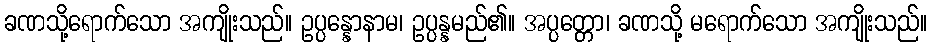
ခဏသို့ရောက်သော အကျိုးသည်။ ဥပ္ပန္နောနာမ၊ ဥပ္ပန္နမည်၏။ အပ္ပတ္တော၊ ခဏသို့ မရောက်သော အကျိုးသည်။